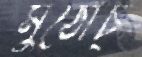
মুঠোচ্